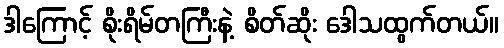
ဒါကြောင့် စိုးရိမ်တကြီးနဲ့ စိတ်ဆိုး ဒေါသထွက်တယ်။